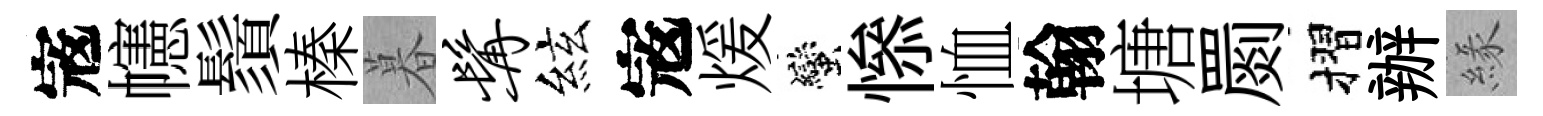
𡨥幰鬚榛暮髯絃𡨥煖蠻𢡖恤翰塘罽摺辦緣